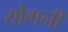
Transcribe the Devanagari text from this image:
योगनी